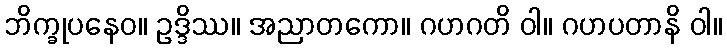
ဘိက္ခုပနေဝ။ ဥဒ္ဒိဿ။ အညာတကော။ ဂဟဂတိ ဝါ။ ဂဟပတာနိ ဝါ။